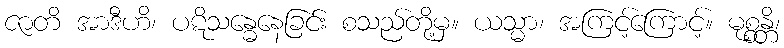
ဇာတိ အာဒီဟိ၊ ပဋိသန္ဓေနေခြင်း စသည်တို့မှ။ ယသ္မာ၊ အကြင့်ကြောင့်။ မုစ္စန္တိ၊